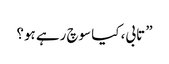
” تابی، کیا سوچ رہے ہو؟